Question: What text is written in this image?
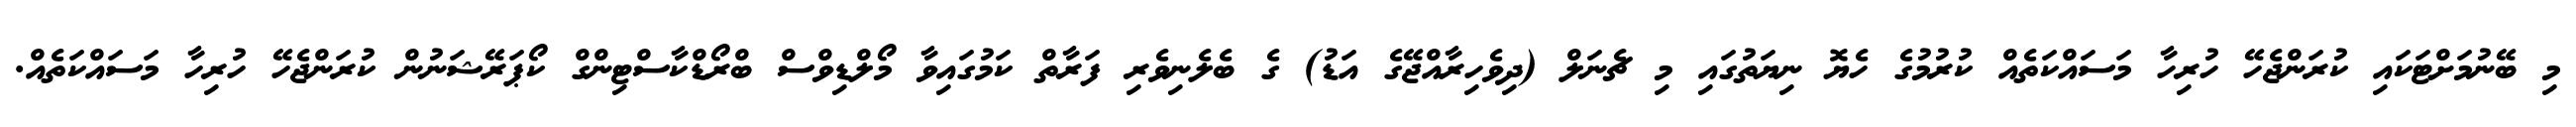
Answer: މި ބޭނުމަށްޓަކައި ކުރަންޖެހޭ ހުރިހާ މަސައްކަތެއް ކުރުމުގެ ހެޔޮ ނިޔަތުގައި މި ޗެނަލް (ދިވެހިރާއްޖޭގެ އަޑު) ގެ ބެލެނިވެރި ފަރާތް ކަމުގައިވާ މޯލްޑިވްސް ބްރޯޑްކާސްޓިންގް ކޯޕަރޭޝަނުން ކުރަންޖެހޭ ހުރިހާ މަސައްކަތެއް.